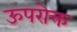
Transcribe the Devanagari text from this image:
ऊपरोक्त